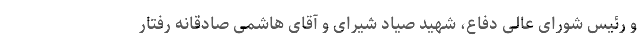
و رئیس شورای عالی دفاع، شهید صیاد شیرای و آقای هاشمی صادقانه رفتار